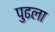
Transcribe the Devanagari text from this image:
पुढला